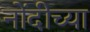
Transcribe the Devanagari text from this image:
नोंदीच्या